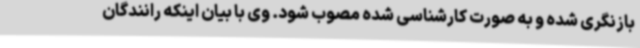
بازنگری شده و به صورت کارشناسی شده مصوب شود. وی با بیان اینکه رانندگان